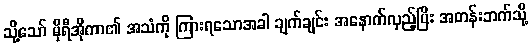
သို့သော် မိုရီအိုကာ၏ အသံကို ကြားရသောအခါ ချက်ချင်း အနောက်လှည့်ပြီး အတန်းဘက်သို့